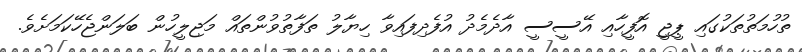
ތުހުމަތުތަކުގައި ޕީޖީ އޮފީހާއި އޭސީސީ އާދެމެދު އުފެދިފައިވާ ހިޔާލު ތަފާތުވުންތައް މަޖިލީހުން ބަލަންޖެހޭކަމަށެވެ.